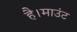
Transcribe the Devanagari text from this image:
है।माउंट